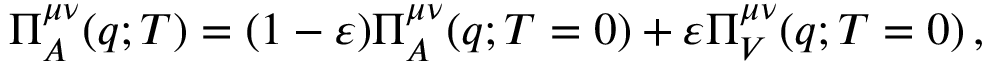
\Pi _ { A } ^ { \mu \nu } ( q ; T ) = ( 1 - \varepsilon ) \Pi _ { A } ^ { \mu \nu } ( q ; T = 0 ) + \varepsilon \Pi _ { V } ^ { \mu \nu } ( q ; T = 0 ) \, ,